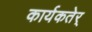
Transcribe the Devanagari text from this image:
कार्यकतेर्